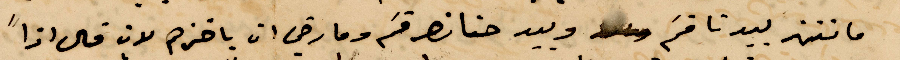
ما تنته بيدنا قيم وبيد حنا نصر قسم ومارضي ان ياخذهم لان قال اذًا